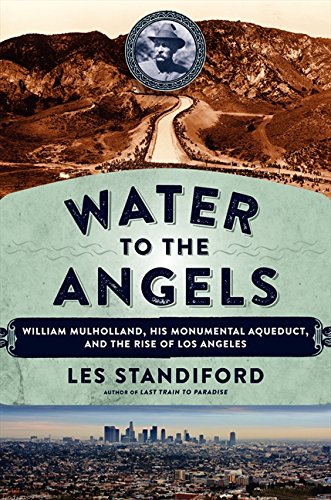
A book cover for Water to the Angels: William Mulholland, His Monumental Aqueduct, and the Rise of Los Angeles; Les Standiford; Science & Math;